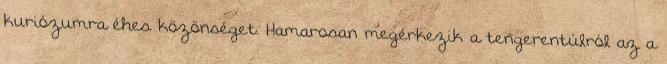
kuriózumra éhes közönséget. Hamarosan megérkezik a tengerentúlról az a